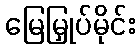
မြေမြှုပ်မိုင်း